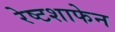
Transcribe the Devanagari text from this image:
रेष्टशाफेन